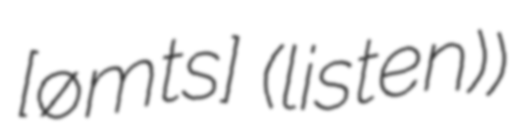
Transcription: [ˈɡʁøːmɪts] (listen))